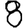
Digit: 8